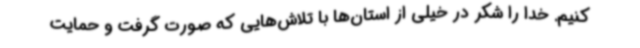
کنیم. خدا را شکر در خیلی از استان‌ها با تلاش‌هایی که صورت گرفت و حمایت